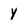
Character: y